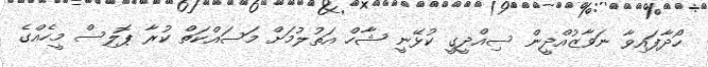
ހޯދާފައިވާ ނަވާޒުއްދީން ސިއްދީގީ ކުޅޭނީ ޝާހް އަތުލުމަށް މަސައްކަތް ކުރާ ޕޮލިސް މީހެއްގެ